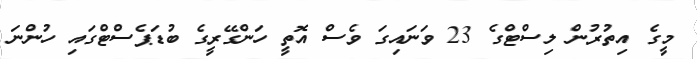
މީގެ އިތުރުން ލިސްޓްގެ 23 ވަނައިގަ ވެސް އޮތީ ހަންގޭރީގެ ބުޑަޕެސްޓްގައި ހުންނަ